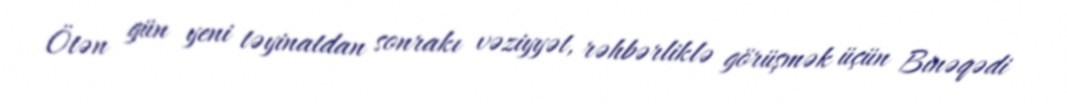
Ötən gün yeni təyinatdan sonrakı vəziyyət, rəhbərliklə görüşmək üçün Binəqədi